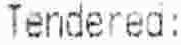
TENDERED: